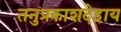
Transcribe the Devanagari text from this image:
तनुप्रकाशदेहाय